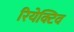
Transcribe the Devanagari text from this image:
रियेक्टिव